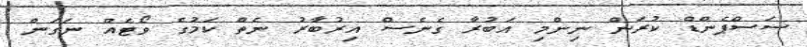
ސަސްޕެންޑް ކުރަން ނިންމި އަބުރާ ގެނެސް އިރުބާރު ނެތް ކަމުގެ ވޯޓެއް ނަގަން